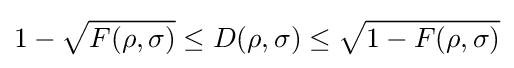
1-{\sqrt {F(\rho ,\sigma )}}\leq D(\rho ,\sigma )\leq {\sqrt {1-F(\rho ,\sigma )}}